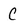
Character: C